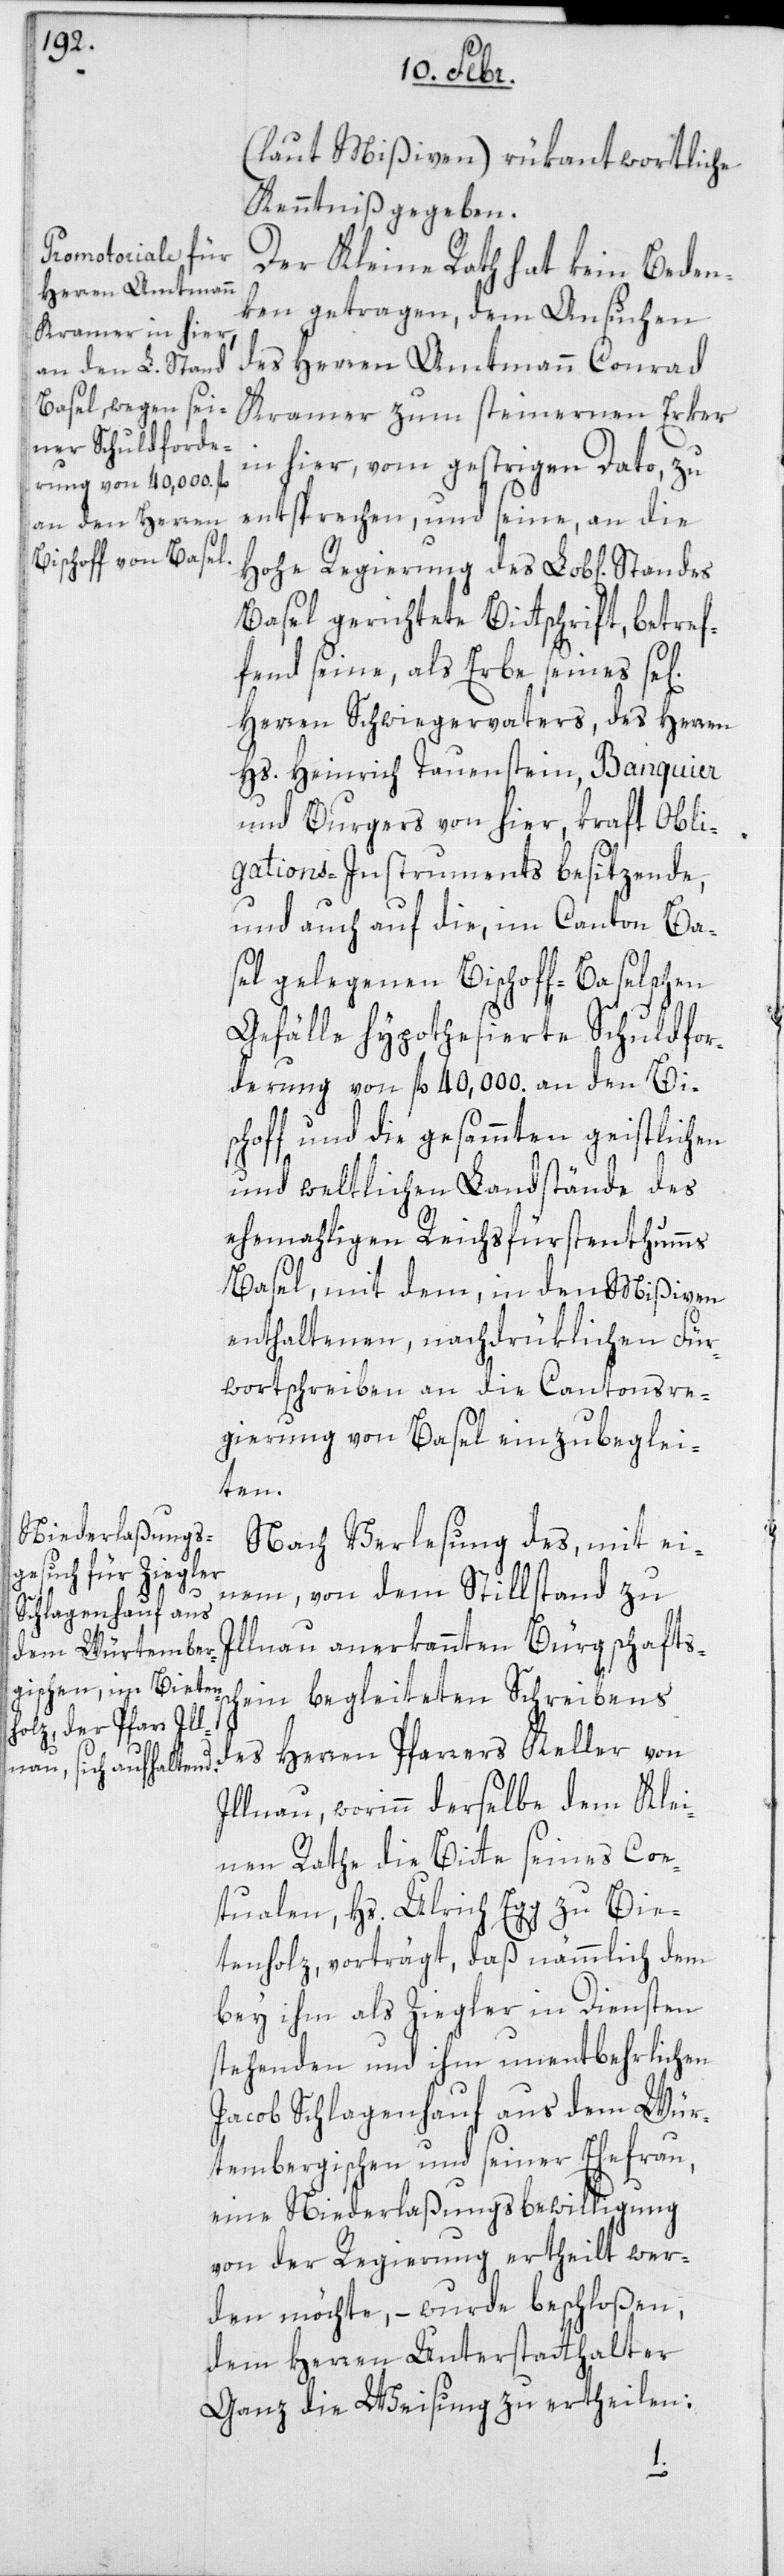
(laut Mißiven) rükantwortliche
Kenntniß gegeben.
Der Kleine Rath hat kein Beden¬
ken getragen, dem Ansuchen
des Herren Amtmann Conrad
Kramer zum steinernen Erker
in hier, vom gestrigen Dato, zu
entsprechen, und seine an die
hohe Regierung des Lobl[ichen]
Basel gerichtete Bittschrift, betref¬
fend seine als Erbe seines sel.
Herren Schwiegervaters, des Herren
Hs. Heinrich Tauenstein, Banquier
und Burgers von hier, kraft Obli¬
gations-Instruments besitzende,
und auch auf die im Canton Ba¬
sel gelegenen Bischoff-Baselschen
Gefälle hypothesierte Schuldfor¬
derung von fl. 40,000 an den Bi¬
schoff und die gesamten geistlichen
und weltlichen Landstände des
ehemaligen Reichsfürstenthums
Basel, mit dem in den Mißiven
enthaltenen, nachdrüklichen Für¬
wortschreiben an die Cantonsre¬
gierung von Basel einzubeglei¬
ten.
Nach Verlesung des mit ei¬
nem, von dem Stillstand zu
Illnau anerkannten Bürgschaftßc¬
hein begleiteten Schreibens
des Herren Pfarrers Keller von
Illnau, worinn derselbe dem Klei¬
nen Rathe die Bitte seines Coe¬
tualen, Hs. Ulrich Egg zu Bie¬
tenholz vorträgt, daß nämmlich dem
bey ihm als Ziegler in Diensten
stehenden und ihm unentbehrlichen
Jacob Schlagenhauf aus dem Wür¬
tembergischen, und seiner Ehefrau,
eine Niederlaßungsbewilligung
von der Regierung ertheilt wer¬
den möchte, – wurde beschloßen,
dem Herren Unterstatthalter
Ganz die Weisung zu ertheilen: